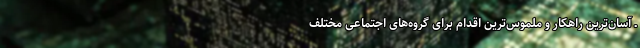
ـ آسان‌ترین راهکار و ملموس‌ترین اقدام برای گروه‌های اجتماعی مختلف